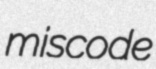
miscode